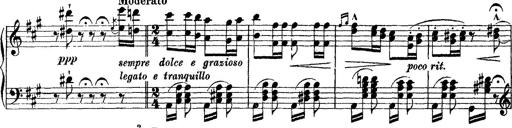
Title: Grande fantasie di bravura sur La clochette
Composer: Franz Liszt
Key: A minor